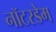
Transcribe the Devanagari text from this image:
नॉटरडेम